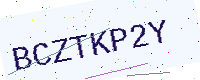
Text: BCZTKP2Y